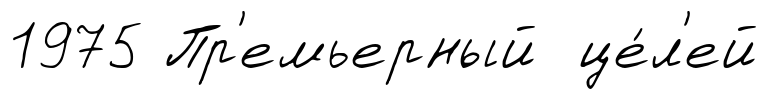
1975 Пр'емьерный це́л'ей